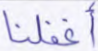
أغفلنا